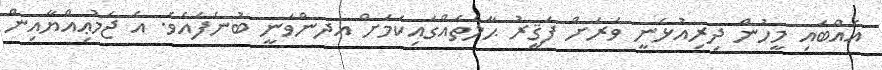
އެއްބައި މީހުން ދިރިއުޅެނީ ވަރަށް ފަޤީރު ޙާލަތެއްގައިކަމަށް އދންވަނީ ބުނެފައެވެ. އެ ޖަމުޢިއްޔާއިން